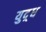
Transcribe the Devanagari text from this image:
युद़्ध